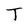
Character: T